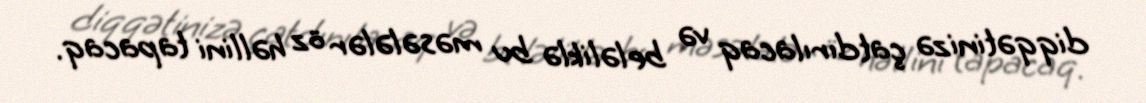
diqqətinizə çatdırılacaq və beləliklə bu məsələlər öz həllini tapacaq.